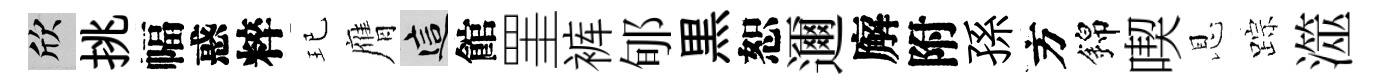
欣挑幅惑粹玘膺這館罣裤郇黒恕邇廨附孫方錦喫恩踪澨